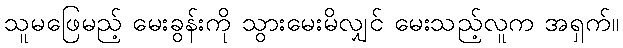
သူမဖြေမည့် မေးခွန်းကို သွားမေးမိလျှင် မေးသည့်လူက အရှက်။